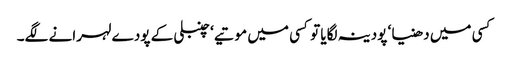
کسی میں دھنیا ‘ پودینہ لگایا تو کسی میں موتیے ‘ چنبلی کے پودے لہرانے لگے۔